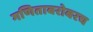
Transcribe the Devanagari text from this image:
गणिताबरोबरच